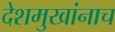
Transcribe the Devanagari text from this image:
देशमुखांनाच